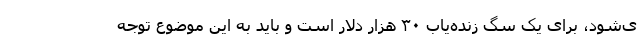
ی‌شود، برای یک سگ زنده‌یاب ۳۰ هزار دلار است و باید به این موضوع توجه